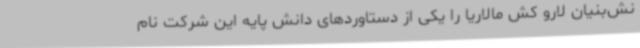
نش‌بنیان لارو کش مالاریا را یکی از دستاوردهای دانش پایه این شرکت نام